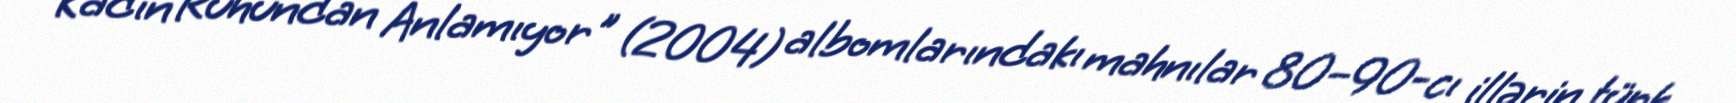
Kadın Ruhundan Anlamıyor" (2004) albomlarındakı mahnılar 80–90-cı illərin türk